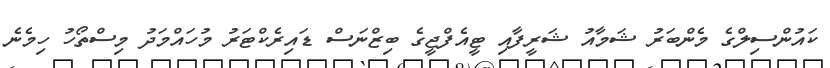
ކައުންސިލްގެ މެންބަރު ޝަމާއު ޝަރީފާއި ޓީއެފްޖީގެ ބިޒްނަސް ޑައިރެކްޓަރު މުހައްމަދު މިސްތޯހު ހިމެނެ